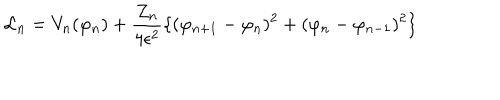
LaTeX: { \cal L } _ { n } = V _ { n } ( \varphi _ { n } ) + \frac { Z _ { n } } { 4 \epsilon ^ { 2 } } \{ ( \varphi _ { n + 1 } - \varphi _ { n } ) ^ { 2 } + ( \varphi _ { n } - \varphi _ { n - 1 } ) ^ { 2 } \}